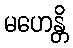
မဟေန္တိ